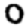
Digit: 0